Leaving Certificate Examination (including Day School Certificate (Higher) General paper), 1931
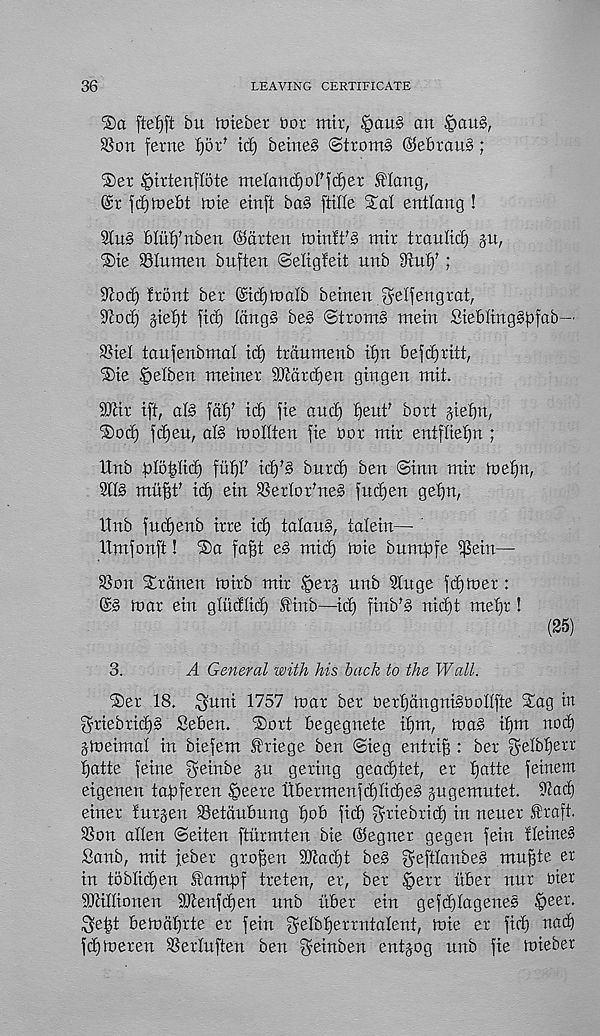
36
LEAVING CERTIFICATE
®a ftef)ft bu tmebet bor mix,
an £>au§,
SSon feme
id) beine§ ©trom§ ©ebrauS;
®er ^irtenflote meiand)offdjer flang,
fdjtoebt tote einft bag ftille Sal entlartg !
2lu§ blu^rtben ©drten toinft'g mir traulit^ ju,
'Stfe SSIutnen buften (Seligfeit unb 3luf) ? ;
^od) front ber Gstdjfoalb beirten fyetfengrat,
S^oc^ jte^t fid) (ang§ be§ @trom§ mein Sieblinggbfflb—
S?iel taufenbmal id) trdumenb it)n befdjritt,
®ie §efben meiner aJtdrdjen gingen mit.
2Jiir iff, af§ fat)' id) fie and) fjeut^ bort jiebn,
®od) fdfett, alg to olden fie Oot mir entfde^n ;
Itnb dlo^Iit^ fuftf id)'§ bnrd) ben <3inn mir toe^n,
2113 ntitfjd id) ein SSertor^neg fndjen gefjn,
11 nb fnc^enb irre id) talaug, talein— '
llmfonft! ®a fa§t e3 mid) toie bnmfofe i]3ein—
Son Straiten toirb mir ^erj nnb 2lnge fd)toer:
@3 toar ein glndtid) tiub—id) finb'3 nid)t metjr !
(25)
3.
A General with his back to the Wall.
$5er 18. $nni 1757 toar ber 0erf)dngni30odfte Stag in
griebrid)3 Seben. ®ort begegnete ifjm, toa3 ifftn nod)
jtoeimal in biefem f riege ben ©ieg entri§ : ber $elbf)err
fjatte feme geinbe jn gering gead)tet, er fjatte fetnem
eigenen tafoferen §eere iibermenfd)lid)e3 jngemutet. Sad)
einer furgen Setdubnng ffob fid) ^riebrid) in neuer f raft.
Son alien ©eiten ftiirmten bie ©egner gegen fein fleine3
Sanb, mit jeber gro^en SSad)t be3 ^eftlanbe3 mupe er
in toblidjen Sfamfof treten, er, ber Iperr itber nnr oier
Sltillionen SUtenfdfen nnb itber ein gefd)lagene3 §eer.
^e^t betodfjrte er fein $elbf)errntalent, toie er fid) nad)
fdjtoeren Serluften ben f^einben entjog nnb fie loieber